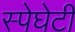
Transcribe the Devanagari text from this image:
स्पेघेटी